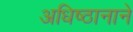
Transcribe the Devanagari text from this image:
अधिष्ठानाने